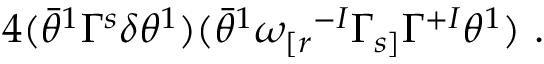
4 ( \bar { \theta } ^ { 1 } \Gamma ^ { s } \delta \theta ^ { 1 } ) ( \bar { \theta } ^ { 1 } \omega _ { [ r } { } ^ { - I } \Gamma _ { s ] } \Gamma ^ { + I } \theta ^ { 1 } ) ~ .